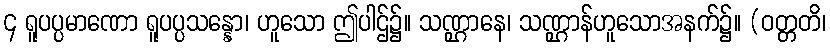
၄ ရူပပ္ပမာဏော ရူပပ္ပသန္နော၊ ဟူသော ဤပါဌ်၌။ သဏ္ဌာနေ၊ သဏ္ဌာန်ဟူသောအနက်၌။ (ဝတ္တတိ၊